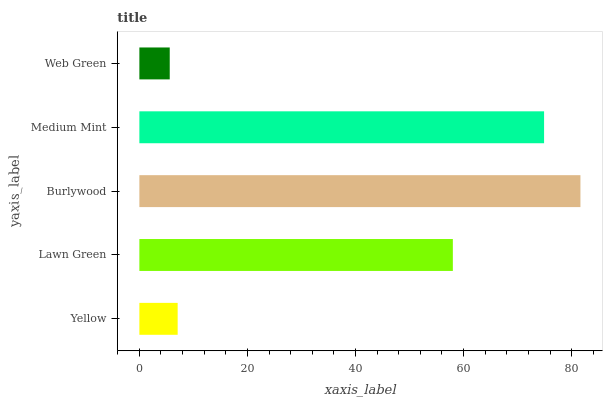
| yaxis_label | bars |
 | --- | --- |
 | Yellow | 7.09 |
 | Lawn Green | 58 |
 | Burlywood | 81.6 |
 | Medium Mint | 74.9 |
 | Web Green | 5.62 |